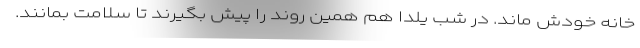
خانه خودش ماند. در شب یلدا هم همین روند را پیش بگیرند تا سلامت بمانند.